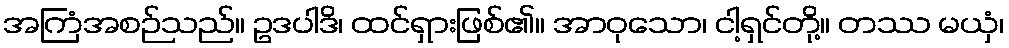
အကြံအစဉ်သည်။ ဥဒပါဒိ၊ ထင်ရှားဖြစ်၏။ အာဝုသော၊ ငါ့ရှင်တို့။ တဿ မယှံ၊